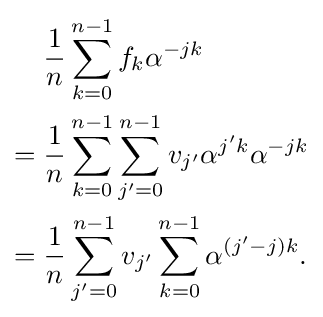
{\begin{aligned}&{\frac {1}{n}}\sum _{k=0}^{n-1}f_{k}\alpha ^{-jk}\\={}&{\frac {1}{n}}\sum _{k=0}^{n-1}\sum _{j'=0}^{n-1}v_{j'}\alpha ^{j'k}\alpha ^{-jk}\\={}&{\frac {1}{n}}\sum _{j'=0}^{n-1}v_{j'}\sum _{k=0}^{n-1}\alpha ^{(j'-j)k}.\end{aligned}}